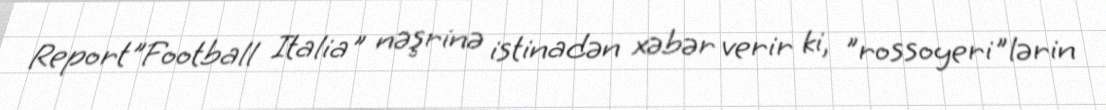
Report"Football Italia" nəşrinə istinadən xəbər verir ki, "rossoyeri"lərin